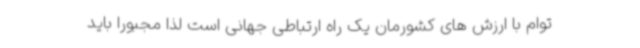
توام با ارزش های کشورمان یک راه ارتباطی جهانی است لذا مجبورا باید